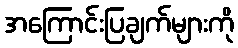
အကြောင်းပြချက်များကို